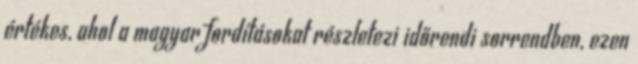
értékes, ahol a magyar fordításokat részletezi időrendi sorrendben, ezen